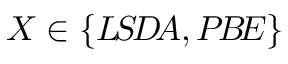
X \in \{ { L \! S \! D \! A } , { P \! B \! E } \}